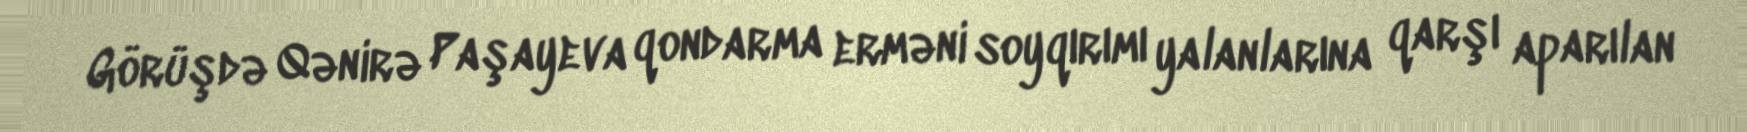
Görüşdə Qənirə Paşayeva qondarma erməni soyqırımı yalanlarına qarşı aparılan